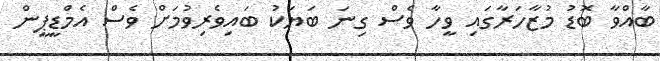
ބާއްވާ ބޮޑު މުޒާހަރާގައި ވީހާ ވެސް ގިނަ ބަޔަކު ބައިވެރިވުމަށް ވެސް އެމްޑީޕީން